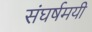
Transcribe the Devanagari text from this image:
संघर्षमयी